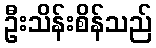
ဦးသိန်းစိန်သည်